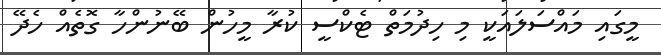
މީގައި މައްސަލައަކީ މި ހިދުމަތް ޓެކްސީ ކުރާ މީހުން ބޭނުންހާ ގޮތެއް ހެދޭ